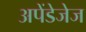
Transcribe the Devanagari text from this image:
अपेंडेजेज